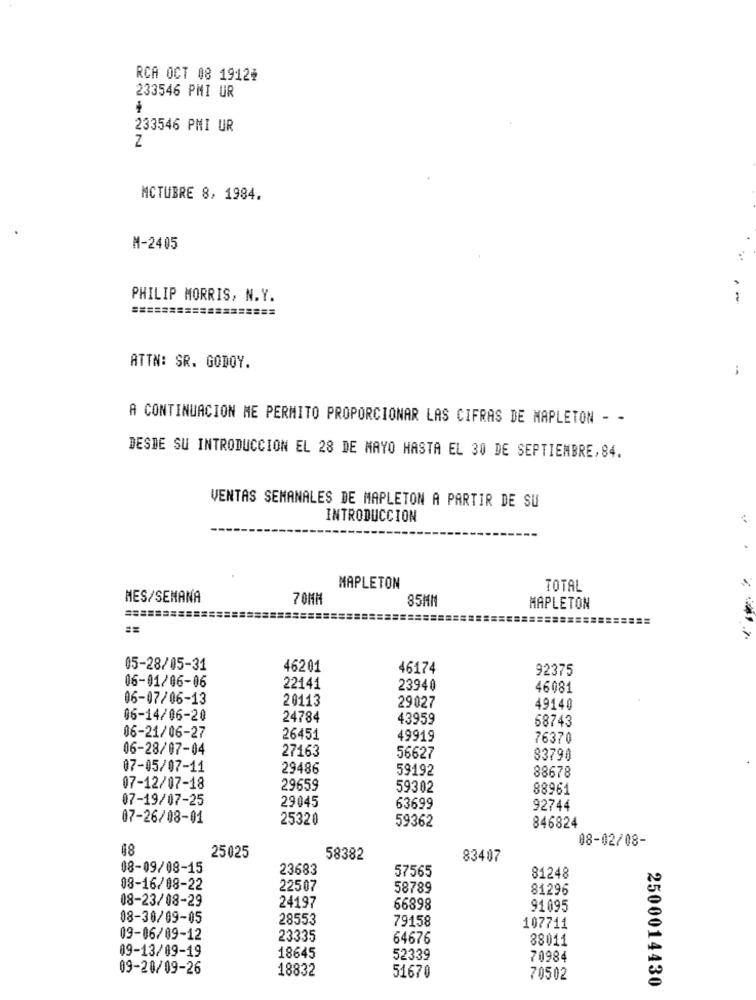
RCA OCT 08 1912*
233546 PMI UR
233546 PMI UR
Z
MCTUBRE 8, 1984.
M-2405
PHILIP MORRIS, N.Y.
===================
ATTN: SR. GODOY.
-
A CONTINUACION ME PERMITO PROPORCIONAR LAS CIFRAS DE MAPLETON - -
DESDE SU INTRODUCCION EL 28 DE MAYO HASTA EL 30 DE SEPTIEMBRE,84.
VENTAS SEMANALES DE MAPLETON A PARTIR DE SU
INTRODUCCION
MAPLETON
TOTAL
MES/SEMANA
70MM
85MM
MAPLETON
05-28/05-31
46201
46174
92375
06-01/06-06
22141
23940
46081
06-07/06-13
28113
29027
49140
06-14/06-20
24784
43959
58743
06-21/06-27
26451
49919
76370
06-28/07-04
27163
56627
83790
07-05/07-11
29486
59192
88678
07-12/07-18
29659
59302
88961
07-19/07-25
29045
63699
92744
07-26/08-01
25320
59362
846824
08-02/08-
48
25025
58382
83407
08-09/08-15
23683
57565
81248
08-16/08-22
22507
58789
81296
08-23/08-29
24197
66898
91095
08-30/09-05
28553
79158
107711
09-06/09-12
23335
64676
88011
09-13/09-19
18645
52339
70984
09-20/09-26
18832
51670
70502
2500014430